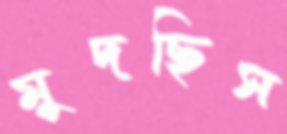
মুদছিস